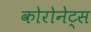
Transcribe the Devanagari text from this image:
कोरोनेट्स